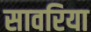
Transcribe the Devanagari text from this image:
सावरिया